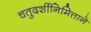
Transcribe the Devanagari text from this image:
चतुदर्शीनिमित्ताने